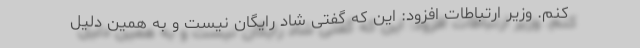
کنم. وزیر ارتباطات افزود: این که گفتی شاد رایگان نیست و به همین دلیل